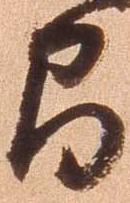
間